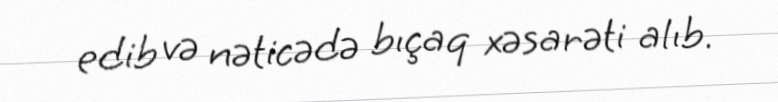
edib və nəticədə bıçaq xəsarəti alıb.